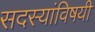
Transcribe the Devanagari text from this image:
सदस्यांविषयी